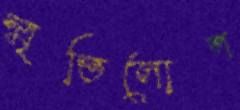
স্মৃতিলোপ